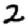
Digit: 2